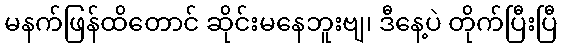
မနက်ဖြန်ထိတောင် ဆိုင်းမနေဘူးဗျ၊ ဒီနေ့ပဲ တိုက်ပြီးပြီ